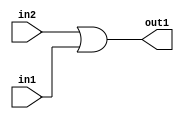
`timescale 1ps / 1ps
/*****************************************************************************
    Verilog RTL Description
    
    
    Created by: Stratus DpOpt 2019.1.01 
*******************************************************************************/

module pw_feature_addr_gen_Or_1Ux1U_1U_4 (
	in2,
	in1,
	out1
	); /* architecture "behavioural" */ 
input  in2,
	in1;
output  out1;
wire  asc001;

assign asc001 = 
	(in2)
	|(in1);

assign out1 = asc001;
endmodule

/* CADENCE  urf4SQ4= : u9/ySgnWtBlWxVPRXgAZ4Og= ** DO NOT EDIT THIS LINE ******/